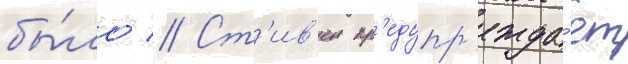
бы́ло // Ст'ив'ен пр'едупр'ежда́ет